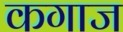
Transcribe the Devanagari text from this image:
कगाज